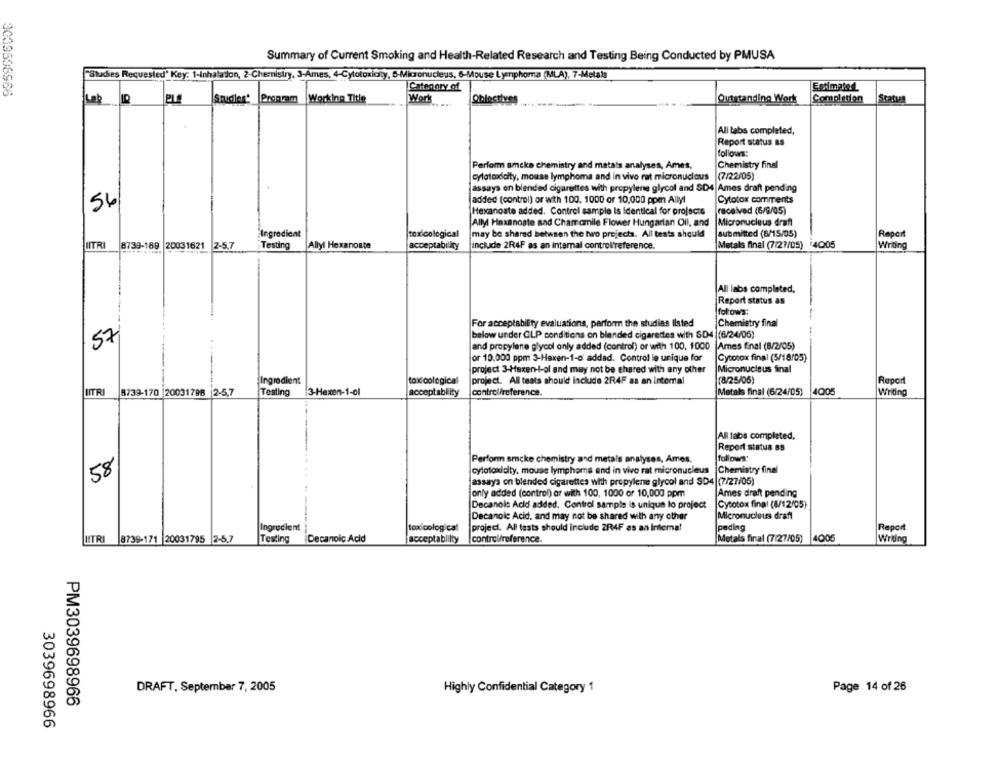
Summary of Current Smoking and Health-Related Research and Testing Being Conducted by PMUSA
"Studies Requested' Key: 1-Inhalation, 2-Chemistry, 3-Ames, 4-Cytotoxicity, 5-Micronucleus, 6-Mouse Lymphoma (MLA), 7-Metals
Category of
Estimated
PL
Studier' Prenam Working Title
Work
Oblectives
Outstanding Work
Completion
Status
Lab
All tabs completed,
Report status as
follows:
Perform ameke chemistry and matals analyses, Ames,
Chemistry final
cytotoxicity, mouse lymphoma and in vivo rat micronuclous
(7/22/05)
assays en blended cigarettes with propylene glycol and SD4 Ames draft pending
Cytotox comments
56
added (control) or with 100, 1000 or 10,000 ppm Allyl
Hexanoate added. Control sample Is identical for projects
received (6/9/05)
Ally Haxanoate and Chamomile Flower Hungarian Oil, and
Micronucleus drafl
Ingredient
toxicological
may be shared between the two projects. All tests should
submitted (8/15/05)
Raper
Testing
Metals final (7/27/05) 4005
UTRI
8739-169 20031621 2-5,7
Allyl Hexanoate
acceptability
include 2R4F as an internal control'reference.
All labs completed,
Report status as
fołows:
For acceptsbilty evaluations, perform the studies Ilsted
Chemistry final
below under GLP conditions on blended cigarettes with SD4 (6/24/06)
57
and propylene glycol only added (control) or with 100, 1000
Ames Enal (8/2/05)
or 10.000 ppm 3-Haxen-1-0' added. Control le unique for
Cytocox final (5/18/05)
project 3-Hexen-I-ol and may not be shared with any other
Micronucleus final
Ingredient
tox cological
project. All tests should Include 2R4F as an internal
(8/25/05)
Report
IITRI
8739-170 |20031798 2-5,7
Testing
3-Hexen-1-ol
acceptability
control/reference.
Metals final (6/24/05)
4005
Al fabs completed,
Report status as
follows:
Perform smcke chemistry and metals analyses, Ames.
58
cytotoxicity, mouse lymphoma and in vivo rat micronucleus
Chemistry final
jassays on blended cigarettes with propylene glycol and SD4 (7/27/05)
jonly added (control) or with 100, 1000 or 10,000 ppm
Ames draft pending
Decanole Acid added. Control sample is unique lo project
Cytotox final (8/12/05)
Decanoic Acid, and may not be shared with any other
Micronucleus draft
Ingredient
toxicological
project. All tests should include 2R4F as an internal
poding
Report
HTRI 8739-171 20031795 2-5.7
Testing
Decanolc Acid
acceptablilty
control/reference.
Metals final (7(27/05)
4005
DRAFT, September 7, 2005
Highly Confidential Category 1
Page 14 of 26
PM3039698966
3039698966